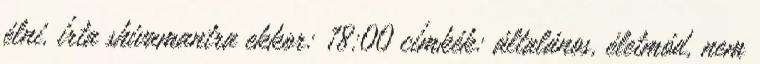
élni. írta shivamantra ekkor: 18:00 címkék: általános, életmód, nem